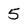
Character: 5